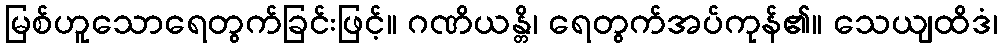
မြစ်ဟူသောရေတွက်ခြင်းဖြင့်။ ဂဏိယန္တိ၊ ရေတွက်အပ်ကုန်၏။ သေယျထိဒံ၊